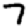
Digit: 7